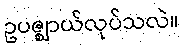
ဥပဇ္ဈာယ်လုပ်သလဲ။